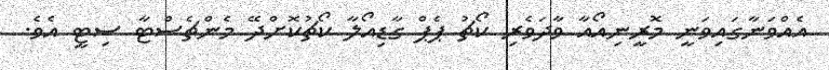
އެއްވަނާގައިވަނީ މޮރީނިއޯއާ ވާދަވެރި ކޯޗު ޕެޕް ގާޑިއޯލާ ކޯޗުކޮށްދޭ މެންޗެސްޓާ ސިޓީ އެވެ.